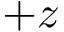
+ z